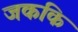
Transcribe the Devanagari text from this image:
जककि